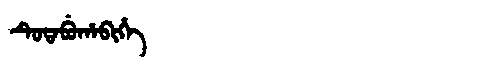
Manchu: ᡨᡠᡨᠠᠪᡠᡥᠠᠪᡳᡥᡝ
Romanization: TUTABUHABIHE